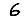
Digit: 6